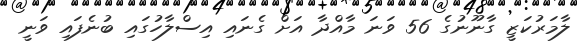
ލާމަރުކަޒީ ގާނޫނުގެ 56 ވަނަ މާއްދާ އަށް ގެނައި އިސްލާހުގައި ބުނެފައި ވަނީ